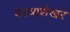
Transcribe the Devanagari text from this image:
काव्यशेखर